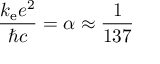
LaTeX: \, { \frac { k _ { \mathrm { e } } e ^ { 2 } } { \hbar c } } = \alpha \approx { \frac { 1 } { 1 3 7 } }